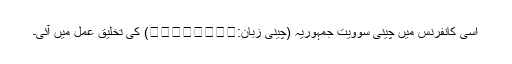
اسی کانفرنس میں چینی سوویت جمہوریہ (چینی زبان:中華蘇維埃共和國) کی تخلیق عمل میں آئی۔